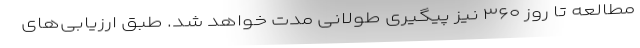
مطالعه تا روز ۳۶۰ نیز پیگیری طولانی مدت خواهد شد. طبق ارزیابی‌های